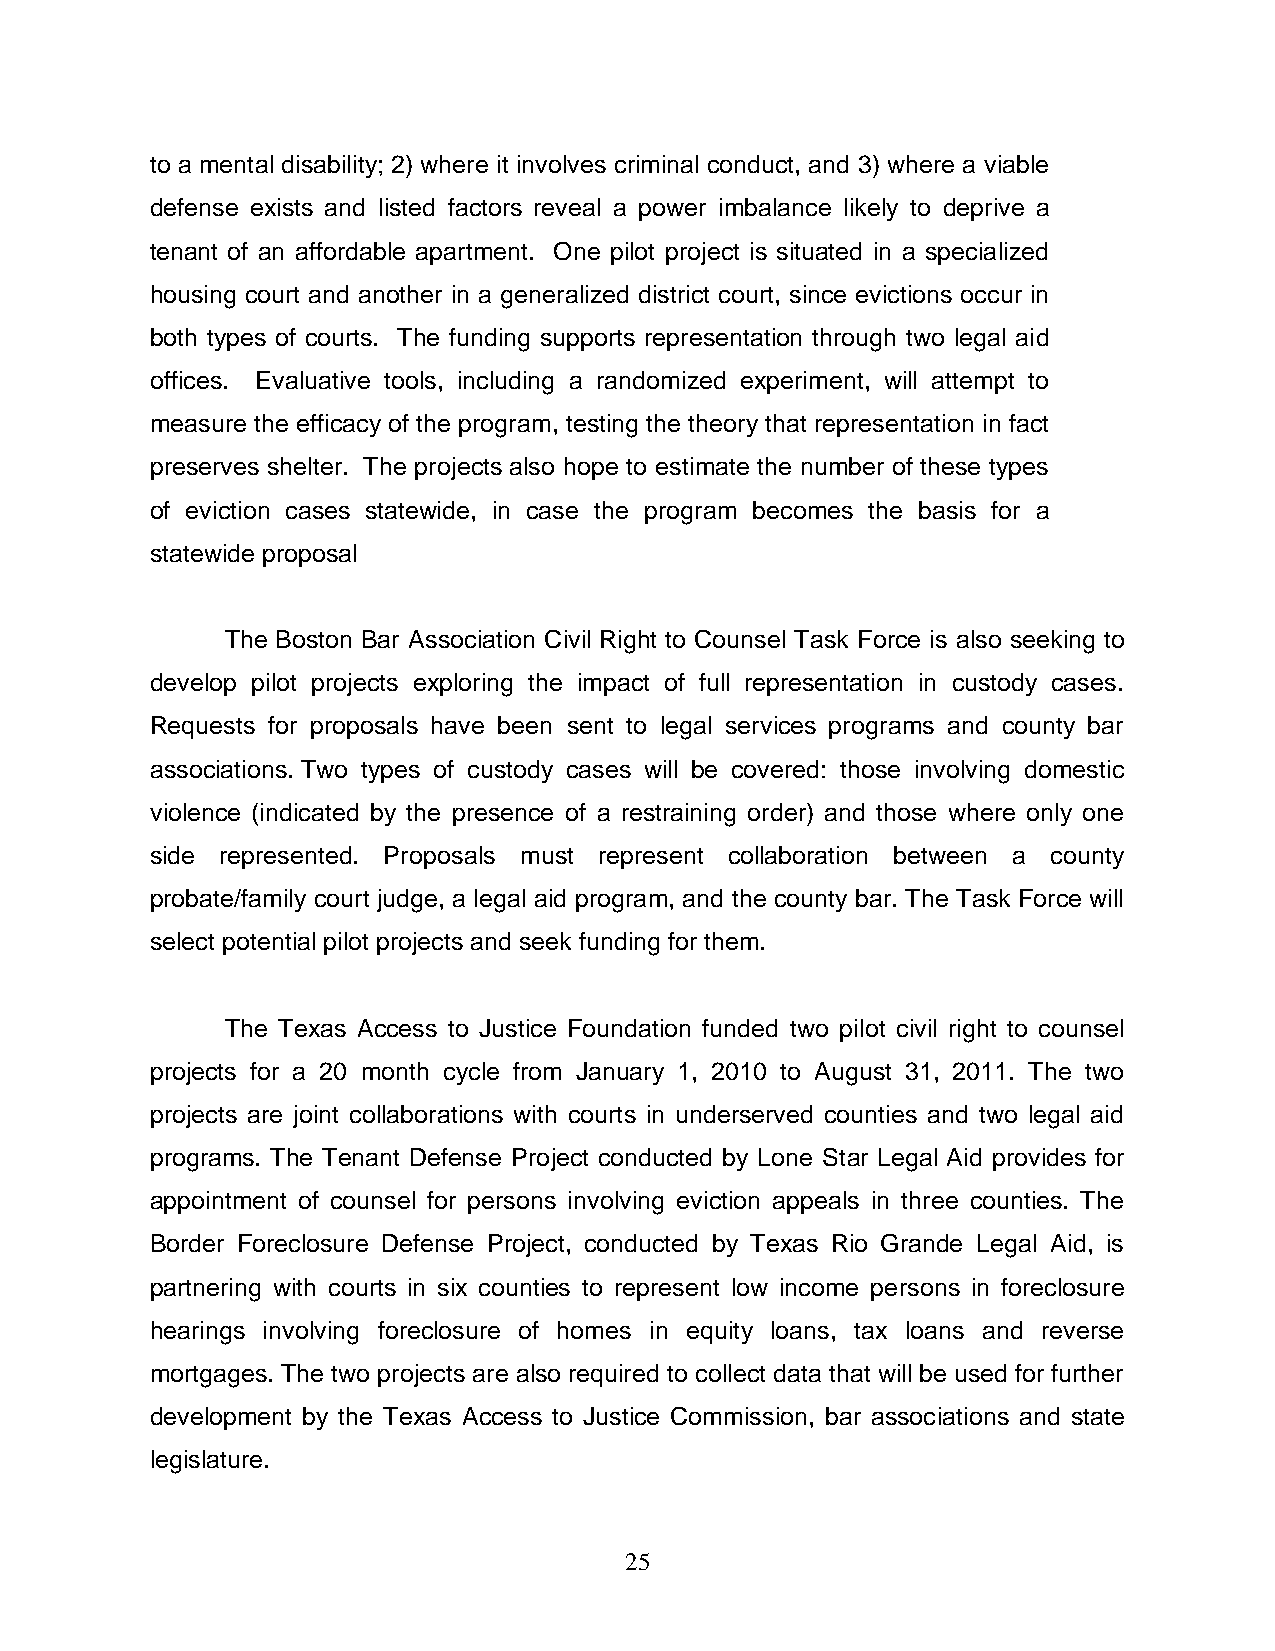
to a mental disability; 2) where it involves criminal conduct, and 3) where a viable
 defense exists and listed factors reveal a power imbalance likely to deprive a
 tenant of an affordable apartment. One pilot project is situated in a specialized
 housing court and another in a generalized district court, since evictions occur in
 both types of courts. The funding supports representation through two legal aid
 offices. Evaluative tools, including a randomized experiment, will attempt to
 measure the efficacy of the program, testing the theory that representation in fact
 preserves shelter. The projects also hope to estimate the number of these types
 of eviction cases statewide, in case the program becomes the basis for a
 statewide proposal
 The Boston Bar Association Civil Right to Counsel Task Force is also seeking to
 develop pilot projects exploring the impact of full representation in custody cases.
 Requests for proposals have been sent to legal services programs and county bar
 associations. Two types of custody cases will be covered: those involving domestic
 violence (indicated by the presence of a restraining order) and those where only one
 side represented. Proposals must represent collaboration between a county
 probate/family court judge, a legal aid program, and the county bar. The Task Force will
 select potential pilot projects and seek funding for them.
 The Texas Access to Justice Foundation funded two pilot civil right to counsel
 projects for a 20 month cycle from January 1, 2010 to August 31, 2011. The two
 projects are joint collaborations with courts in underserved counties and two legal aid
 programs. The Tenant Defense Project conducted by Lone Star Legal Aid provides for
 appointment of counsel for persons involving eviction appeals in three counties. The
 Border Foreclosure Defense Project, conducted by Texas Rio Grande Legal Aid, is
 partnering with courts in six counties to represent low income persons in foreclosure
 hearings involving foreclosure of homes in equity loans, tax loans and reverse
 mortgages. The two projects are also required to collect data that will be used for further
 development by the Texas Access to Justice Commission, bar associations and state
 legislature.
 25